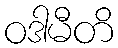
ဝဒါမီတိ